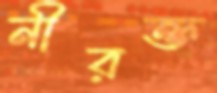
নীরক্ত